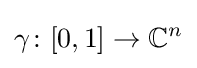
\gamma \colon [0,1]\to {\mathbb {C} }^{n}